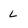
Character: L